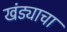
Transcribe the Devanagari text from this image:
खंड्याचा